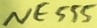
Text: NE555